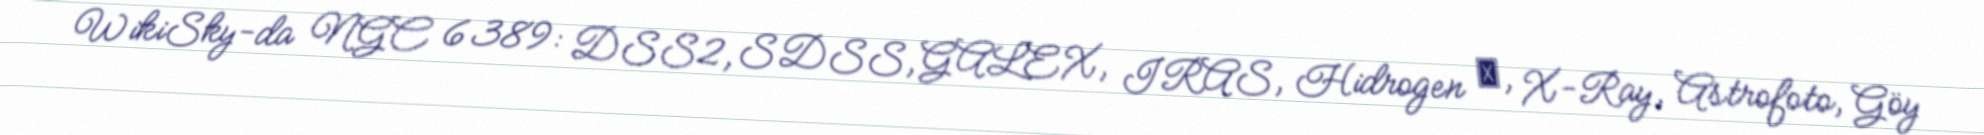
WikiSky-da NGC 6389: DSS2, SDSS, GALEX, IRAS, Hidrogen α, X-Ray, Astrofoto, Göy